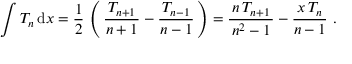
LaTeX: \int T _ { n } \, \mathrm { d } x = { \frac { 1 } { 2 } } \, \left( \, { \frac { \, T _ { n + 1 } \, } { n + 1 } } - { \frac { \, T _ { n - 1 } \, } { n - 1 } } \, \right) = { \frac { \, n \, T _ { n + 1 } \, } { n ^ { 2 } - 1 } } - { \frac { \, x \, T _ { n } \, } { n - 1 } } ~ .